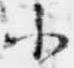
小